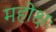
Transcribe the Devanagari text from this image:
महोक्षः